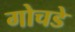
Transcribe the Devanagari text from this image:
गोचडे